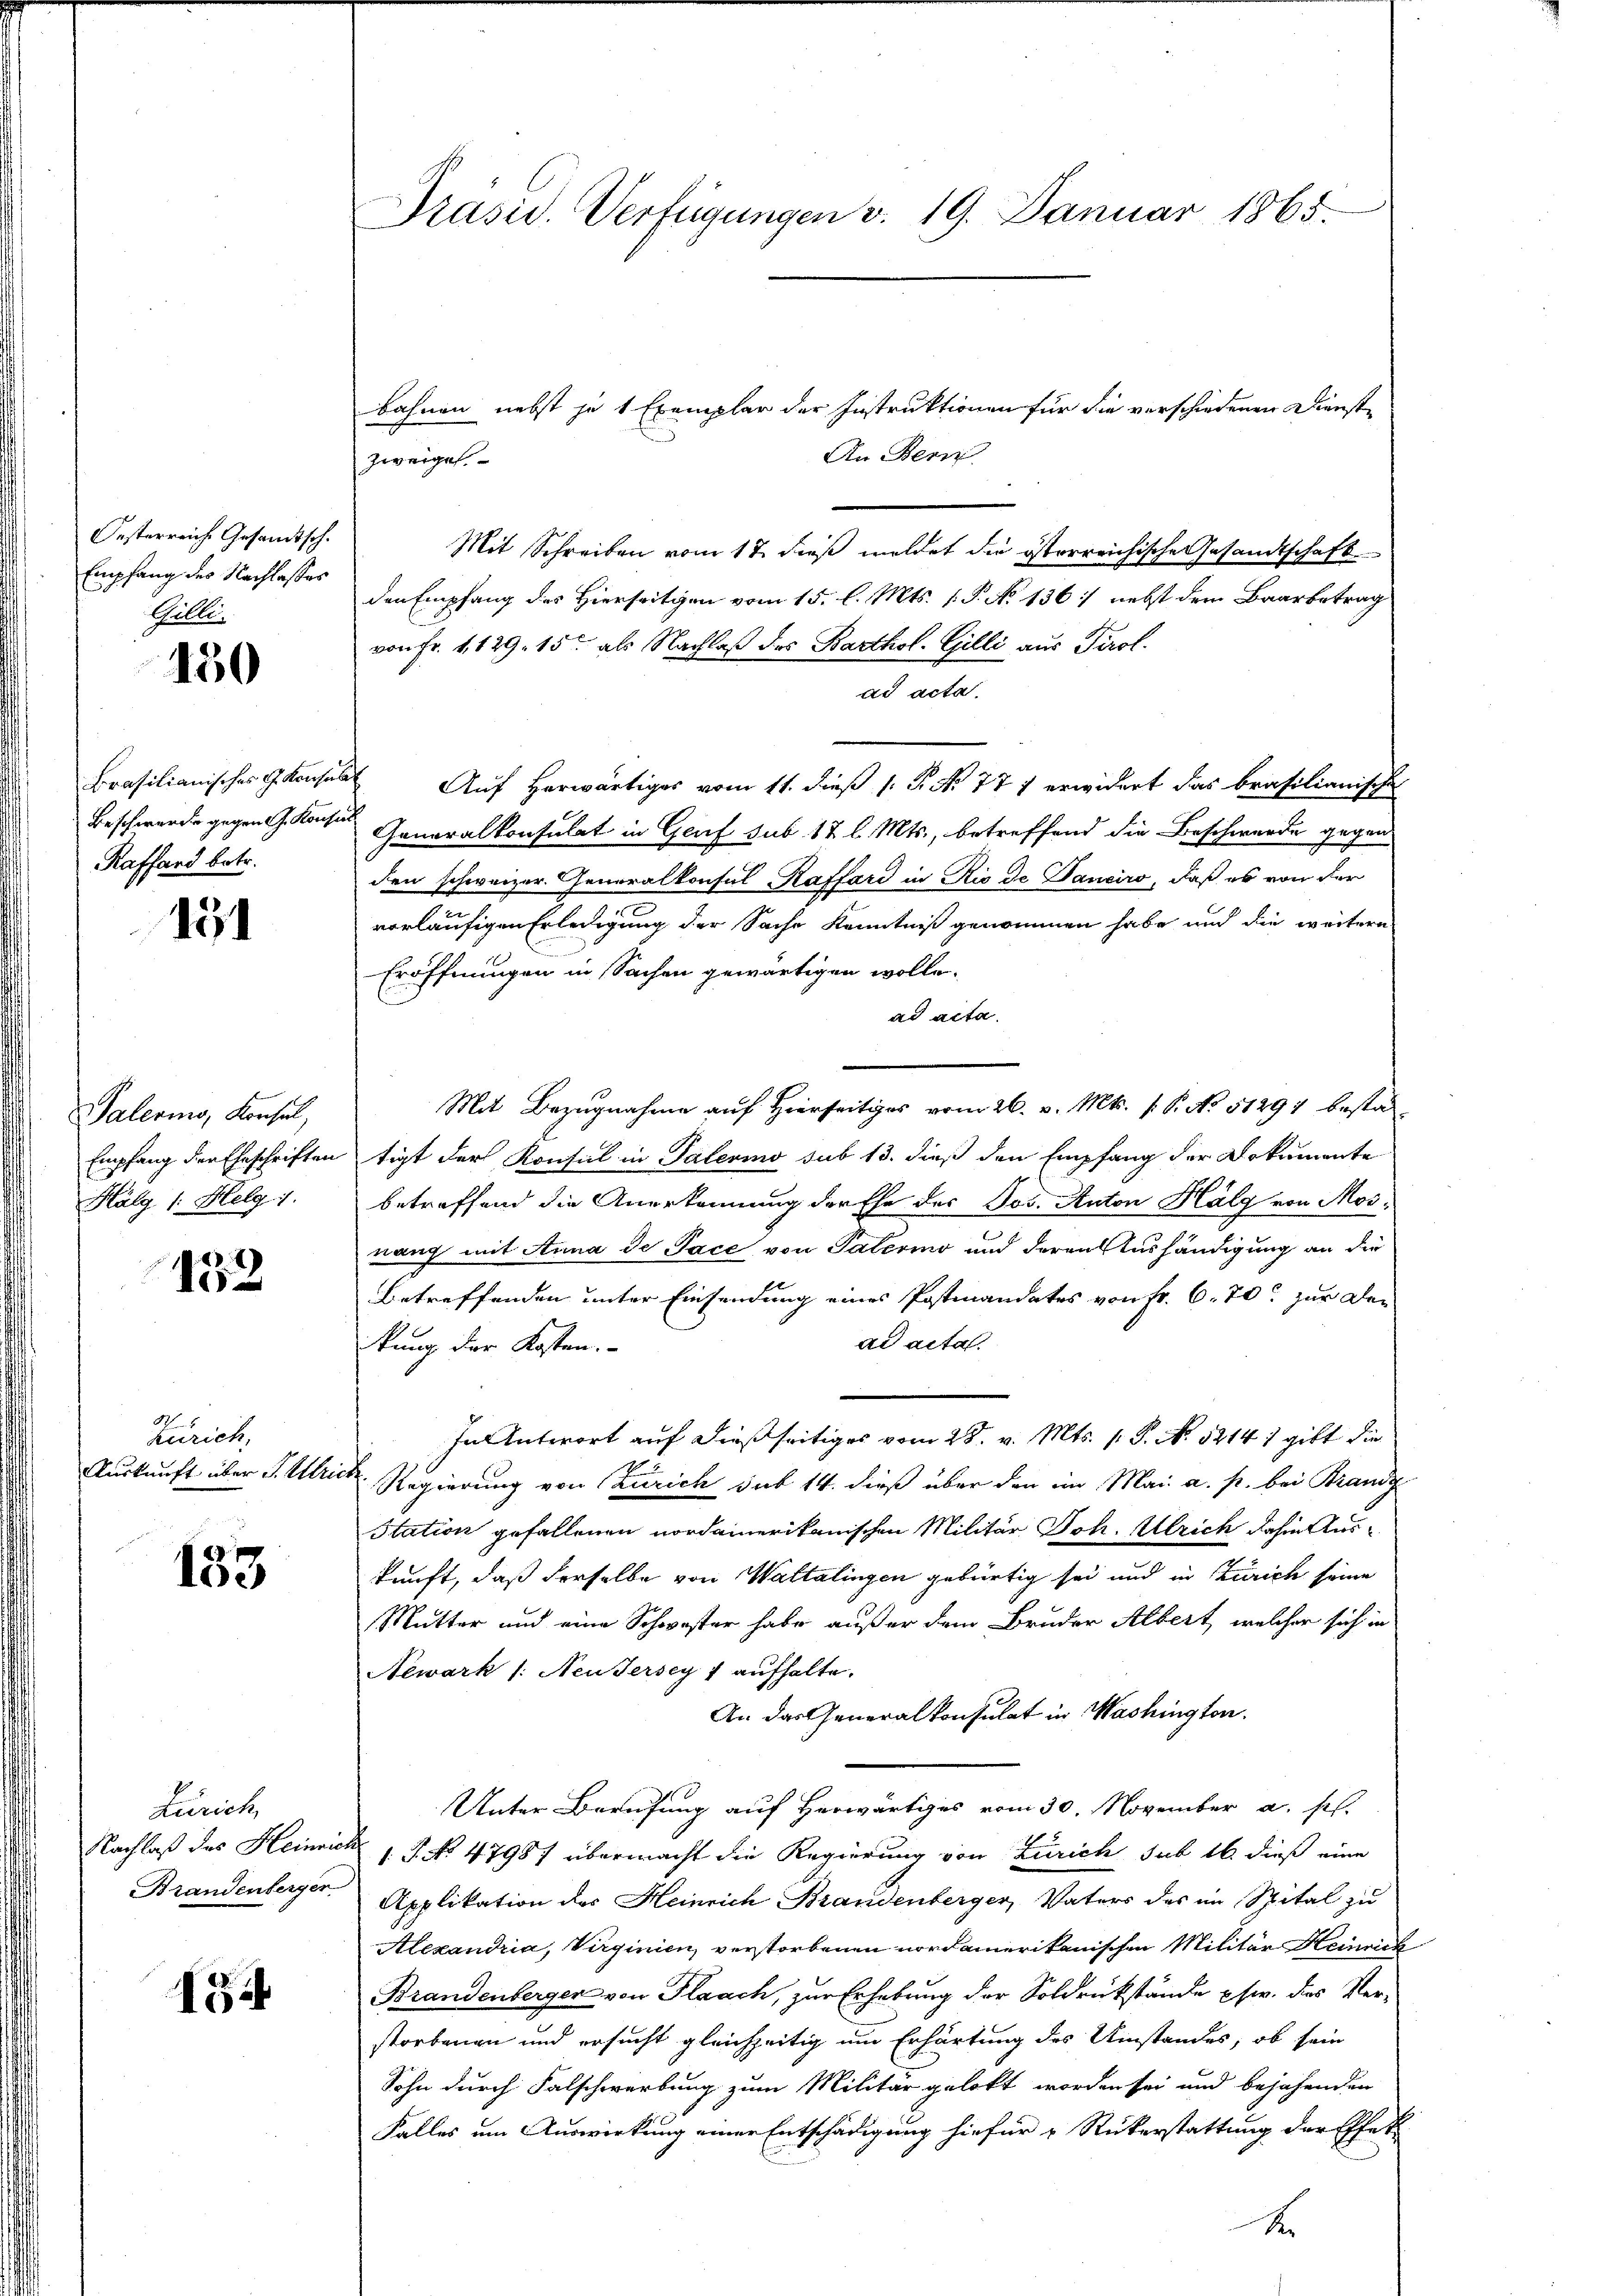
Oesterreiche Gesandtsch.
Empfang des Nachlasses
Gellen

150

Brasilianisches G. Konse
Beschwerden gegen G. Konfe
Raffand betr.

15

Paleris, Konsul,
Hälg /: Helg. 1

1552

Zürich,
Auskunft über S. Ulrich

133

Zürich,

154

bahnen nebst je 1 Exemplar der Instruktionen für die verschiedenen Dienste
An Bern
Mit Schreiben vom 17. dieß meldet die österreichische Gesandtschaft
den Empfang des Hierseitigen vom 15. l. Mts. 1. P. No 136: nebst dem Baarbetrag
von Fr. 1129. 15ten als Nachlaß des Barthol. Gilli aus Tirol.
dd acta.
 Auf herwärtiges vom 11. dieß (: P. Nr. 777 erwidert das brasilianische
f
Generalkonsulat in Genf sub 12 l. Mts., betreffend die Beschwerde gegen
den schweizer. Generalkonsul Kaffard in Rio de Panciro, daß es von der
vorläufigen Erledigung der Sache Kenntniß genommen habe und die weitere
Eröffnungen in Sachen gewärtigen wolle.
ad acta.
Mit Bezugnahme auf Hierseits vom 26. v. Mts. 1. P. No 51291 bestä¬
Empfang der Eheschriften tigt der Konsul in Palerino sub 13. dieß den Empfang der Dokumente
betreffend die Anerkennung der Ehe des Jos. Anton Halg von Mosnang mit Anna de Pace von Paterio und deren Aushändigung an die
Betreffenden unter Einsendung eines Postmandates von Fr. 6. 70 zur Den
ad acta.
kung der Kosten.
In Antwort auf dießseitiges vom 28. v. Mts. s. S. N. 5214, gibt die
Regierung von Zürich sub 14. dieß über den im Mai a. p. bei Brand
Station gefallenen nordamerikanischen Militär Joh. Ulrich dahin Auskunft, daß derselbe von Waltalingen gebürtig sei und in Zürich seine
Mutter und eine Schwester habe außer dem Bruder Albert, welcher sich in
Newark (: Neudersey 7 aufhalte.
An das Generalkonsulat in Washington.
Unter Berufung auf Herwärtiges vom 30. November a. sel.
Nachlaß des Heinrich 1 S. No 47987 übermacht die Regierung von Zürich sub 16. dieß eine
Brandenberger. Applikation des Heinrich Brandenberger, Vaters des im Spital zu
Alexandria, Virginien, verstorbenen nordamerikanischen Militär Heinrich
Brandenberger von Flaach, zur Erhebung der Soldrükstände Esw. des Verstorbenen und ersucht gleichzeitig um Erhärtung des Umstandes, ob sein
Sohn durch Falschwerbung zum Militär gelobt worden sei und bejahenden
Falles um Auswirkung einer Entschädigung hiefür u Rückerstattung der Effet

Präsid. Verfügungen v. 19. Januar 1865.

zweigel.